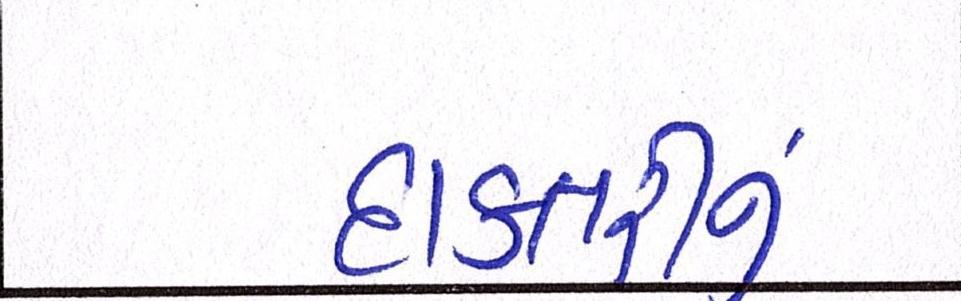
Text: દાક્તરીનું